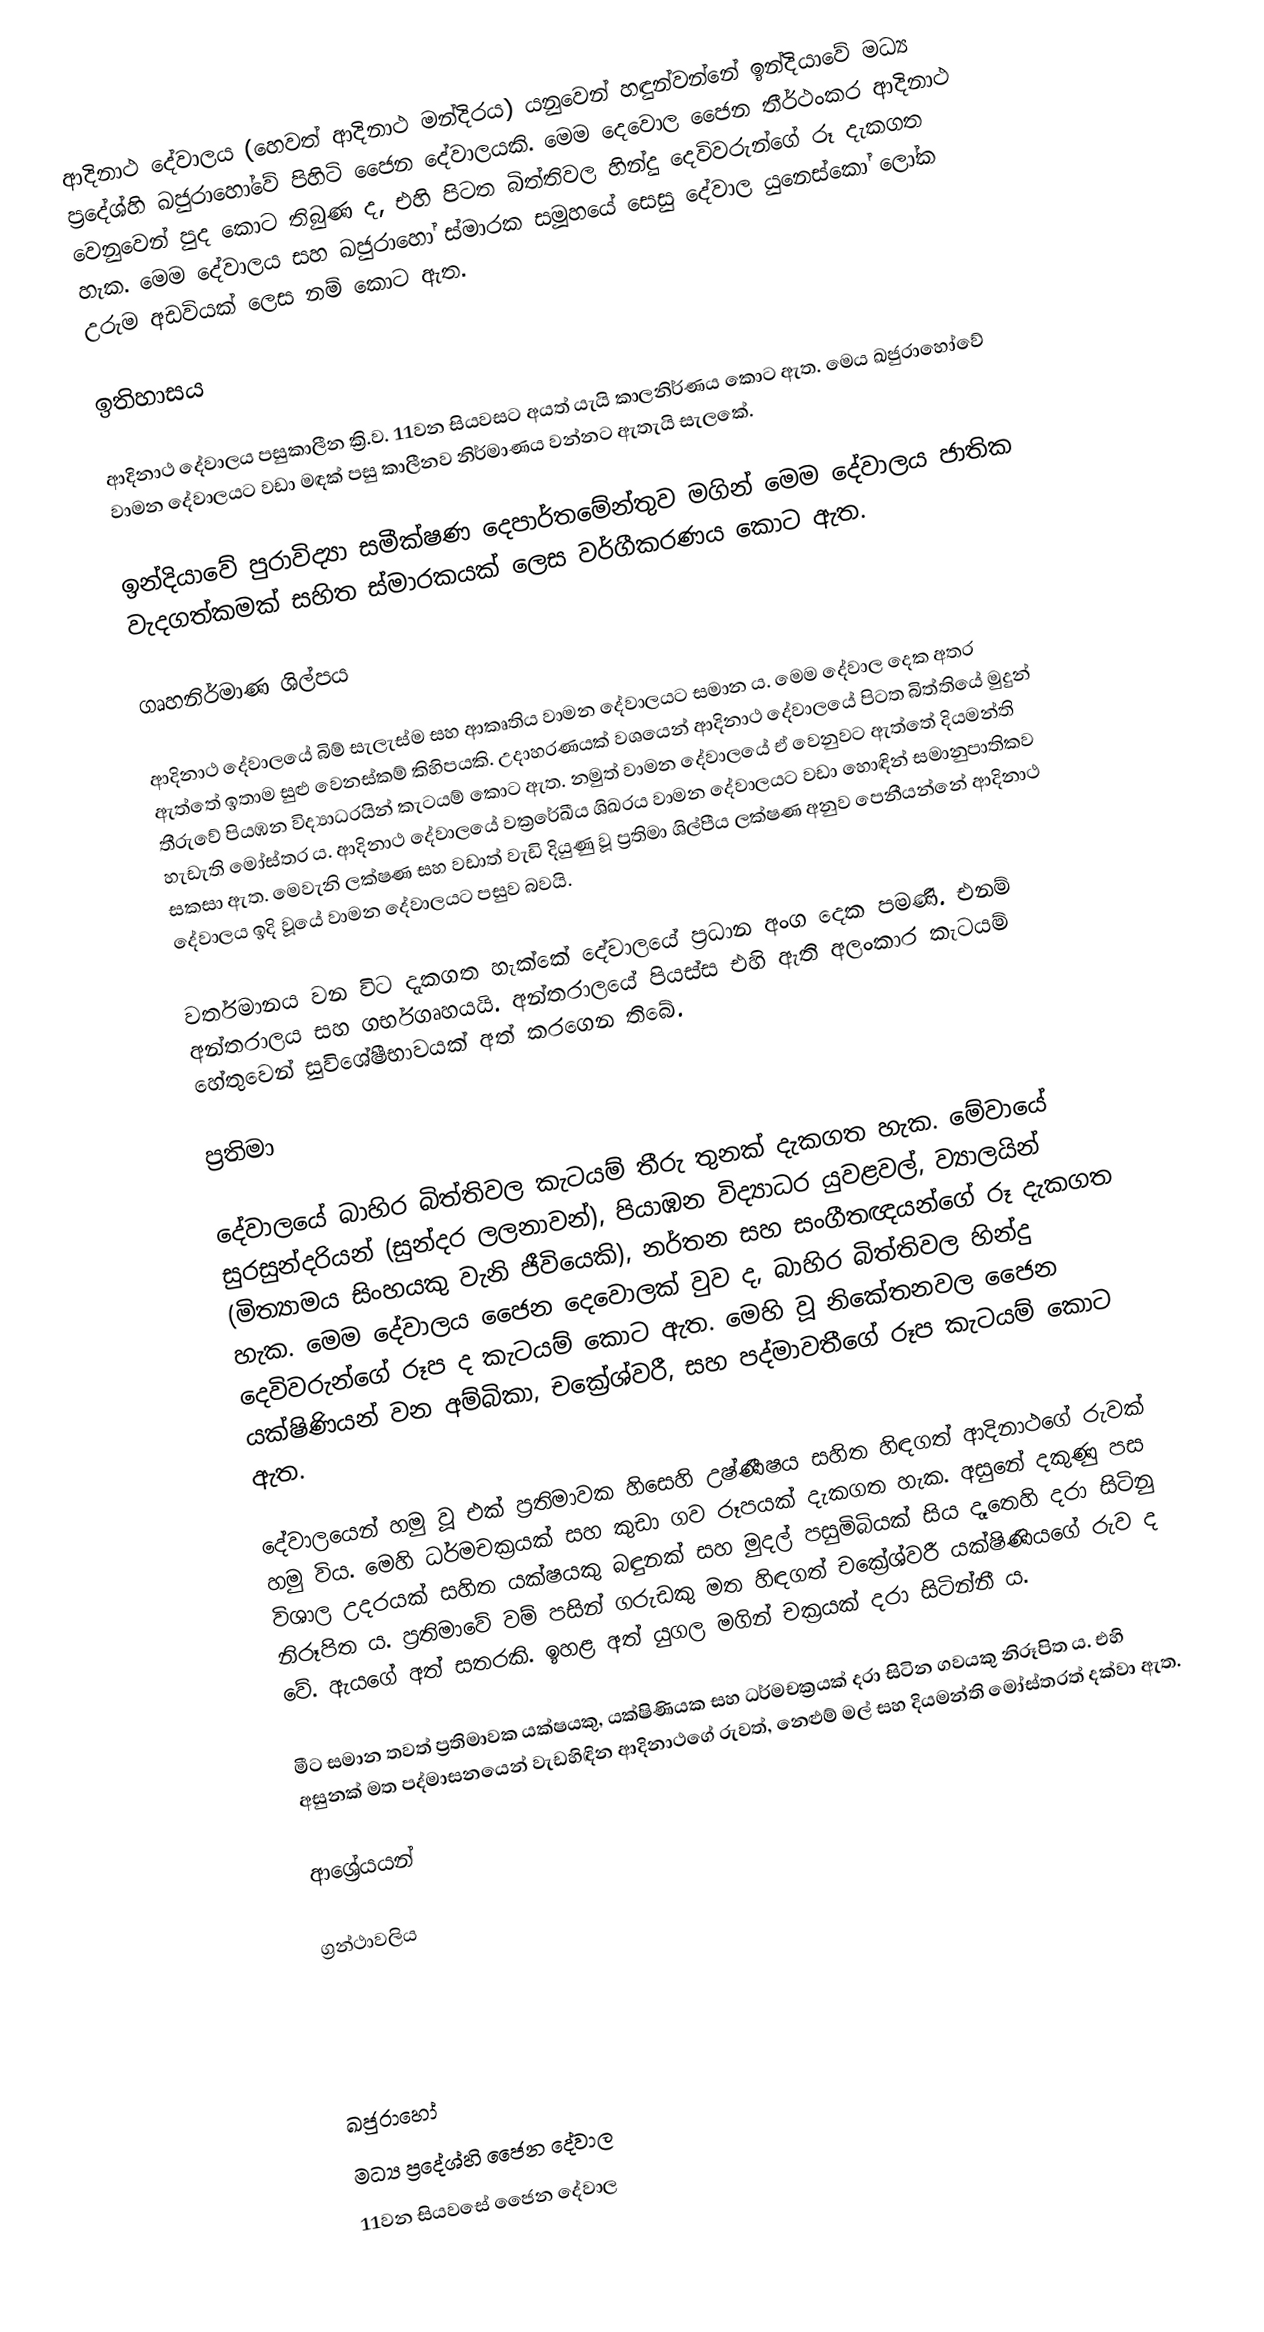
ආදිනාථ දේවාලය (හෙවත් ආදිනාථ මන්දිරය) යනුවෙන් හඳුන්වන්නේ ඉන්දියාවේ මධ්‍ය ප්‍රදේශ්හි ඛජුරාහෝවේ පිහිටි ජෛන දේවාලයකි. මෙම දෙවොල ජෛන තීර්ථංකර ආදිනාථ වෙනුවෙන් පුද කොට තිබුණ ද, එහි පිටත බිත්තිවල හින්දු දෙවිවරුන්ගේ රූ දැකගත හැක. මෙම දේවාලය සහ ඛජුරාහෝ ස්මාරක සමූහයේ සෙසු දේවාල යුනෙස්කෝ ලෝක උරුම අඩවියක් ලෙස නම් කොට ඇත.

ඉතිහාසය

ආදිනාථ දේවාලය පසුකාලීන ක්‍රි.ව. 11වන සියවසට අයත් යැයි කාලනිර්ණය කොට ඇත. මෙය ඛජුරාහෝවේ වාමන දේවාලයට වඩා මඳක් පසු කාලීනව නිර්මාණය වන්නට ඇතැයි සැලකේ.

ඉන්දියාවේ පුරාවිද්‍යා සමීක්ෂණ දෙපාර්තමේන්තුව මගින් මෙම දේවාලය ජාතික වැදගත්කමක් සහිත ස්මාරකයක් ලෙස වර්ගීකරණය කොට ඇත.

ගෘහනිර්මාණ ශිල්පය

ආදිනාථ දේවාලයේ බිම් සැලැස්ම සහ ආකෘතිය වාමන දේවාලයට සමාන ය. මෙම දේවාල දෙක අතර ඇත්තේ ඉතාම සුළු වෙනස්කම් කිහිපයකි. උදාහරණයක් වශයෙන් ආදිනාථ දේවාලයේ පිටත බිත්තියේ මුදුන් තීරුවේ පියඹන විද්‍යාධරයින් කැටයම් කොට ඇත. නමුත් වාමන දේවාලයේ ඒ වෙනුවට ඇත්තේ දියමන්ති හැඩැති මෝස්තර ය. ආදිනාථ දේවාලයේ වක්‍රරේඛීය ශිඛරය වාමන දේවාලයට වඩා හොඳින් සමානුපාතිකව සකසා ඇත. මෙවැනි ලක්ෂණ සහ වඩාත් වැඩි දියුණු වූ ප්‍රතිමා ශිල්පීය ලක්ෂණ අනුව පෙනීයන්නේ ආදිනාථ දේවාලය ඉදි වූයේ වාමන දේවාලයට පසුව බවයි.

වර්තමානය වන විට දැකගත හැක්කේ දේවාලයේ ප්‍රධාන අංග දෙක පමණි. එනම් අන්තරාලය සහ ගර්භගෘහයයි. අන්තරාලයේ පියස්ස එහි ඇති අලංකාර කැටයම් හේතුවෙන් සුවිශේෂීභාවයක් අත් කරගෙන තිබේ.

ප්‍රතිමා

දේවාලයේ බාහිර බිත්තිවල කැටයම් තීරු තුනක් දැකගත හැක. මේවායේ සුරසුන්දරියන් (සුන්දර ලලනාවන්), පියාඹන විද්‍යාධර යුවළවල්, ව්‍යාලයින් (මිත්‍යාමය සිංහයකු වැනි ජීවියෙකි), නර්තන සහ සංගීතඥයන්ගේ රූ දැකගත හැක. මෙම දේවාලය ජෛන දෙවොලක් වුව ද, බාහිර බිත්තිවල හින්දු දෙවිවරුන්ගේ රූප ද කැටයම් කොට ඇත. මෙහි වූ නිකේතනවල ජෛන යක්ෂිණියන් වන අම්බිකා, චක්‍රේශ්වරී, සහ පද්මාවතීගේ රූප කැටයම් කොට ඇත.

දේවාලයෙන් හමු වූ එක් ප්‍රතිමාවක හිසෙහි උෂ්ණීෂය සහිත හිඳගත් ආදිනාථගේ රුවක් හමු විය. මෙහි ධර්මචක්‍රයක් සහ කුඩා ගව රූපයක් දැකගත හැක. අසුනේ දකුණු පස විශාල උදරයක් සහිත යක්ෂයකු බඳුනක් සහ මුදල් පසුමිබියක් සිය දෑතෙහි දරා සිටිනු නිරූපිත ය. ප්‍රතිමාවේ වම් පසින් ගරුඩකු මත හිඳගත් චක්‍රේශ්වරී යක්ෂිණියගේ රුව ද වේ. ඇයගේ අත් සතරකි. ඉහළ අත් යුගල මගින් චක්‍රයක් දරා සිටින්නී ය.

මීට සමාන තවත් ප්‍රතිමාවක යක්ෂයකු, යක්ෂිණියක සහ ධර්මචක්‍රයක් දරා සිටින ගවයකු නිරූපිත ය. එහි අසුනක් මත පද්මාසනයෙන් වැඩහිඳින ආදිනාථගේ රුවත්, නෙළුම් මල් සහ දියමන්ති මෝස්තරත් දක්වා ඇත.

ආශ්‍රේයයන්

ග්‍රන්ථාවලිය

ඛජුරාහෝ
මධ්‍ය ප්‍රදේශ්හි ජෛන දේවාල
11වන සියවසේ ජෛන දේවාල